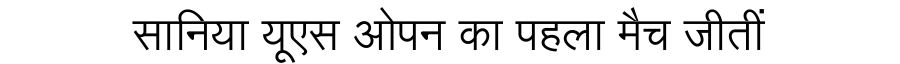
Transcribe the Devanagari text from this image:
सानिया यूएस ओपन का पहला मैच जीतीं